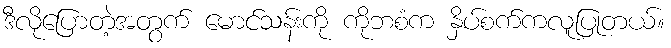
ဒီလိုပြောတဲ့အတွက် မောင်သန်းကို ကိုဘစံက နှိပ်စက်ကလူပြုတယ်။